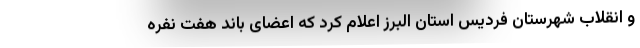
و انقلاب شهرستان فردیس استان البرز اعلام کرد که اعضای باند هفت نفره